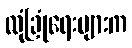
လုံခြုံရေးများက